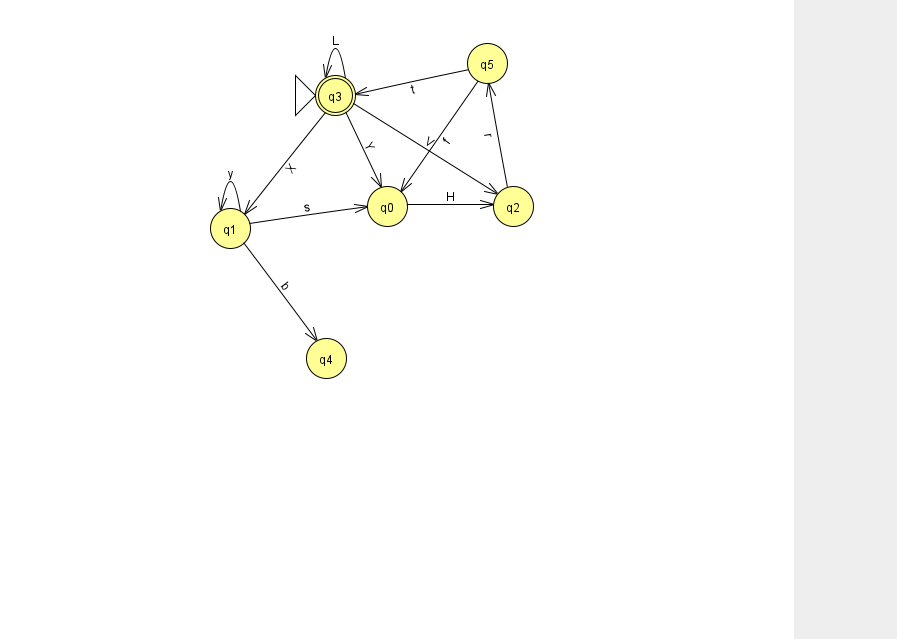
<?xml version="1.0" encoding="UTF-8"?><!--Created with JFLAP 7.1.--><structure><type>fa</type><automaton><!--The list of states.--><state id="0" name="q0"><x>387.0</x><y>193.0</y></state><state id="1" name="q1"><x>230.0</x><y>215.0</y></state><state id="2" name="q2"><x>513.0</x><y>193.0</y></state><state id="3" name="q3"><x>335.0</x><y>82.0</y><initial/><final/></state><state id="4" name="q4"><x>326.0</x><y>345.0</y></state><state id="5" name="q5"><x>487.0</x><y>50.0</y></state><!--The list of transitions.--><transition><from>1</from><to>4</to><read>b</read></transition><transition><from>5</from><to>3</to><read>t</read></transition><transition><from>3</from><to>0</to><read>Y</read></transition><transition><from>0</from><to>2</to><read>H</read></transition><transition><from>5</from><to>0</to><read>f</read></transition><transition><from>1</from><to>1</to><read>y</read></transition><transition><from>3</from><to>2</to><read>V</read></transition><transition><from>1</from><to>0</to><read>s</read></transition><transition><from>2</from><to>5</to><read>r</read></transition><transition><from>3</from><to>3</to><read>L</read></transition><transition><from>3</from><to>1</to><read>X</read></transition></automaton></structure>